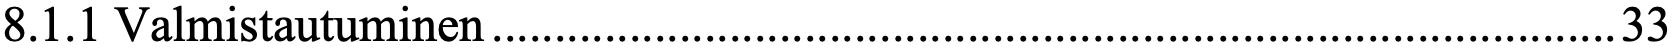
8.1.1 Valmistautuminen .......................................................................................... 33